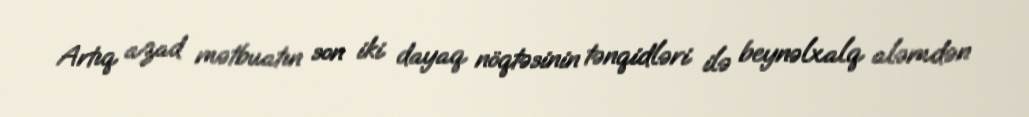
Artıq azad mətbuatın son iki dayaq nöqtəsinin tənqidləri ilə beynəlxalq aləmdən